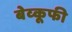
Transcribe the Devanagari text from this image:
बेव्कूफी